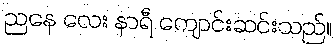
ညနေ လေး နာရီ ကျောင်းဆင်းသည်။